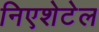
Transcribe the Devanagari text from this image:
निएशेटेल